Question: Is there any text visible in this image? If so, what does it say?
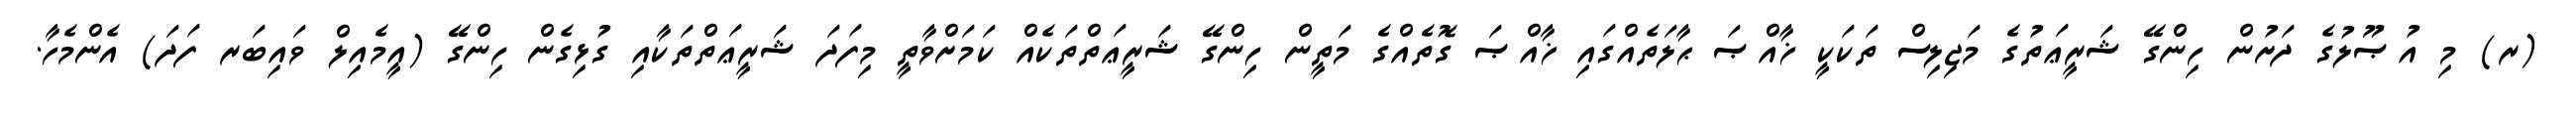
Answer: (ރ) މި އުޞޫލުގެ ދަށުން ހިންގޭ ޝަރީޢަތުގެ މަޖިލިސް ތަކަކީ ޚާއްޞަ ޙާލަތެއްގައި ޚާއްޞަ ގޮތެއްގެ މަތީން ހިންގޭ ޝަރީޢަތްތަކެއް ކަމަށްވާތީ މިފަދަ ޝަރީޢަތްތަކާއި ގުޅިގެން ހިންގޭ (އީމެއިލް ވައިބަރ ފަދަ) އެންމެހާ.